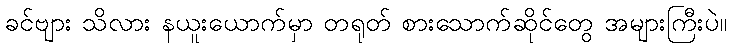
ခင်ဗျား သိလား နယူးယောက်မှာ တရုတ် စားသောက်ဆိုင်တွေ အများကြီးပဲ။